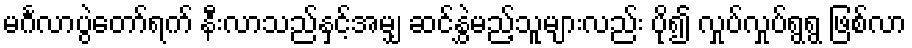
မင်္ဂလာပွဲတော်ရက် နီးလာသည်နှင့်အမျှ ဆင်နွှဲမည့်သူများလည်း ပို၍ လှုပ်လှုပ်ရွရွ ဖြစ်လာ